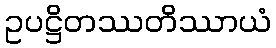
ဥပဋ္ဌိတဿတိဿာယံ